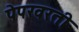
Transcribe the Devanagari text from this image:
पेपरवरती